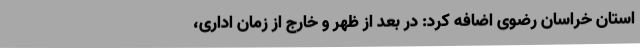
استان خراسان رضوی اضافه‌ کرد: در بعد از ظهر و خارج از زمان اداری،